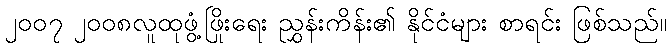
၂၀၀၇ ၂၀၀၈လူထုဖွံ့ဖြိုးရေး ညွှန်းကိန်း၏ နိုင်ငံများ စာရင်း ဖြစ်သည်။